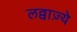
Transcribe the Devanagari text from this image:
लव्वाज़्ये